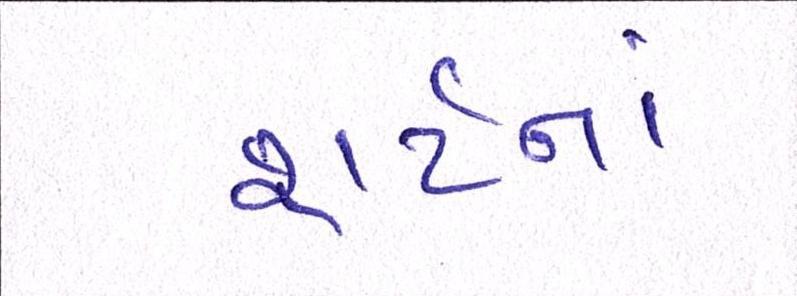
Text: શર્ટનાં